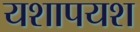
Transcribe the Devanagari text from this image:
यशापयश